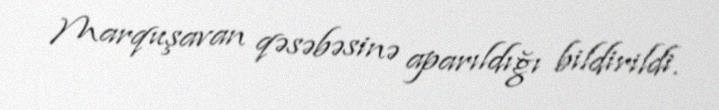
Marquşavan qəsəbəsinə aparıldığı bildirildi.